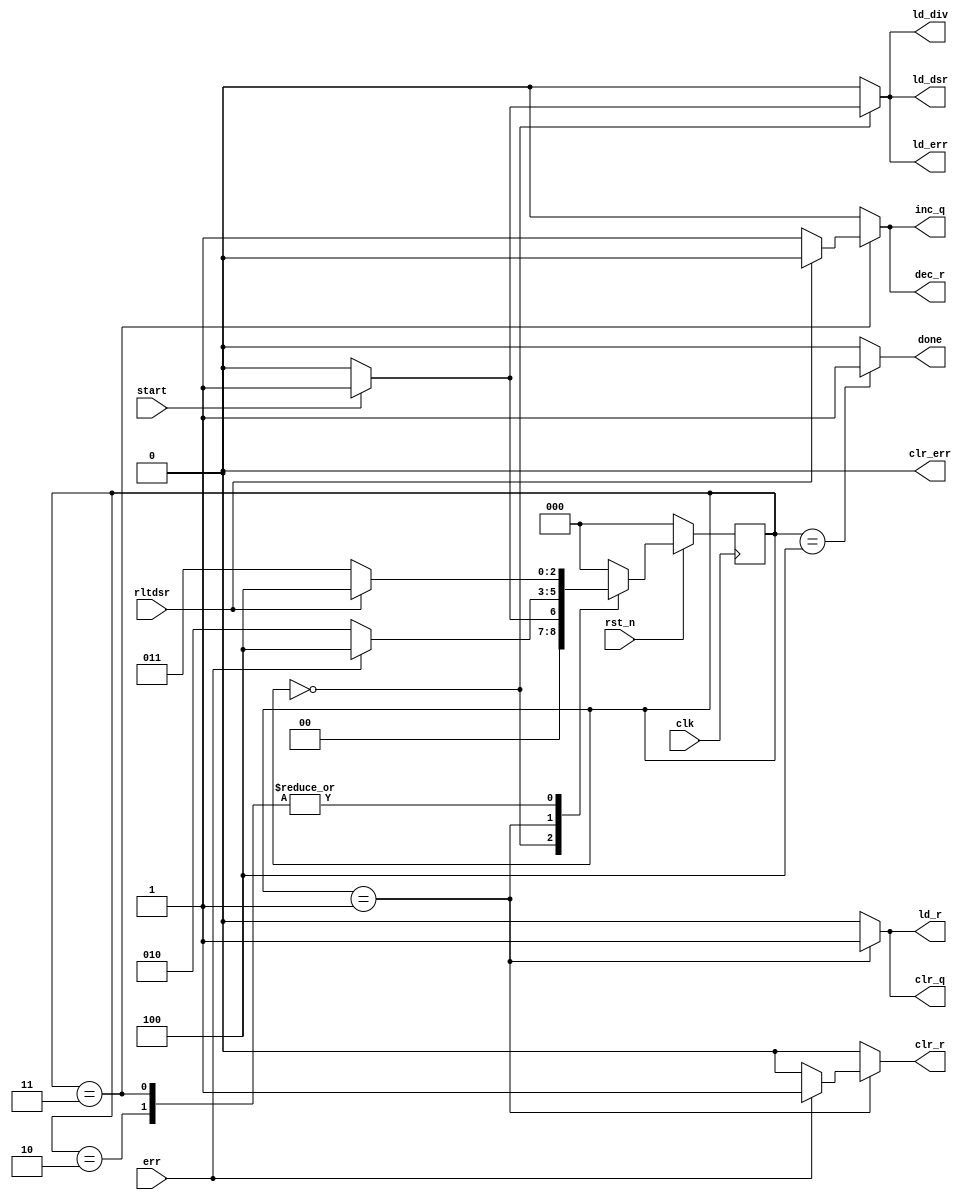
module controller (
  input clk, rst_n,
  input start,
  output reg done,

  output reg clr_q,
  output reg inc_q,
  output reg clr_r,
  output reg ld_r,
  output reg dec_r,
  output reg ld_div,
  output reg ld_dsr,
  output reg ld_err,
  output reg clr_err,
  input err,
  input rltdsr
);

  parameter S0   = 3'd0;
  parameter S1   = 3'd1;
  parameter S2   = 3'd2;
  parameter S3   = 3'd3;
  parameter DONE = 3'd4;

  reg [2:0] cstate, nstate;

  // sequential part
  always @( posedge clk )
    if( !rst_n )
      cstate <= S0;
    else
      cstate <= nstate;

  // combinational part
  always @* begin

    // defaults
    done    <= 0;
    clr_q   <= 0;
    inc_q   <= 0;
    clr_r   <= 0;
    ld_r    <= 0;
    dec_r   <= 0;
    ld_div  <= 0;
    ld_dsr  <= 0;
    ld_err  <= 0;
    clr_err <= 0;

    case( cstate )

      S0 : begin
        if( start ) begin
          ld_div  <= 1;
          ld_dsr  <= 1;
          ld_err  <= 1;
          nstate  <= S1;
        end
        else begin
          ld_div  <= 0;
          ld_dsr  <= 0;
          ld_err  <= 0;
          nstate  <= S0;
        end
      end

      S1 : begin
        clr_q  <= 1;
        ld_r   <= 1;

        if( err ) begin
          clr_r  <= 1;
          nstate <= DONE;
        end
        else begin
          clr_r  <= 0;
          nstate <= S2;
        end
      end

      S2 : begin
        if( rltdsr )
          nstate <= DONE;
        else
          nstate <= S3;
      end

      S3 : begin
        if( rltdsr ) begin
          dec_r  <= 0;
          inc_q  <= 0;
          nstate <= DONE;
        end
        else begin
          dec_r  <= 1;
          inc_q  <= 1;
          nstate <= S3;
        end
      end

      DONE : begin
        done    <= 1;
        nstate  <= S0;
      end
      
      default : begin
        nstate <= S0;
      end
    endcase

  end

endmodule